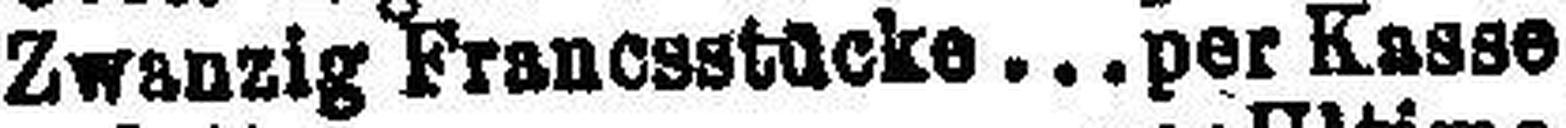
Zwanzig Franesstücke per Kasse